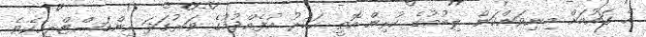
އެ ގައުމަށް މިނިވަންކަން ލިބުމުގެ ކުރިން އޮތީ ހަކުރު އުފެއްދުމުގެ ވަރުގަދަ އިންޑަސްޓްރީއެކެވެ.